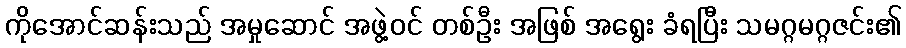
ကိုအောင်ဆန်းသည် အမှုဆောင် အဖွဲ့ဝင် တစ်ဦး အဖြစ် အရွေး ခံရပြီး သမဂ္ဂမဂ္ဂဇင်း၏